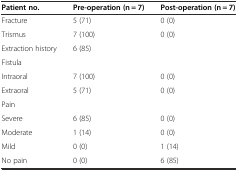
<table><thead><tr><td><b>Patient no.</b></td><td><b>Pre-operation (n = 7)</b></td><td><b>Post-operation (n = 7)</b></td></tr></thead><tbody><tr><td>Fracture</td><td>5 (71)</td><td>0 (0)</td></tr><tr><td>Trismus</td><td>7 (100)</td><td>0 (0)</td></tr><tr><td>Extraction history</td><td>6 (85)</td><td></td></tr><tr><td>Fistula</td><td></td><td></td></tr><tr><td>Intraoral</td><td>7 (100)</td><td>0 (0)</td></tr><tr><td>Extraoral</td><td>5 (71)</td><td>0 (0)</td></tr><tr><td>Pain</td><td></td><td></td></tr><tr><td>Severe</td><td>6 (85)</td><td>0 (0)</td></tr><tr><td>Moderate</td><td>1 (14)</td><td>0 (0)</td></tr><tr><td>Mild</td><td>0 (0)</td><td>1 (14)</td></tr><tr><td>No pain</td><td>0 (0)</td><td>6 (85)</td></tr></tbody></table>